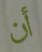
أن